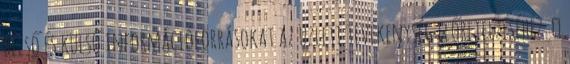
belső és külső információforrásokat az üzleti tevékenység előrejelzéséhez. 